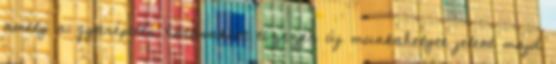
amely a gyárépítés hatásaként tízezer új munkahelyet jelent majd